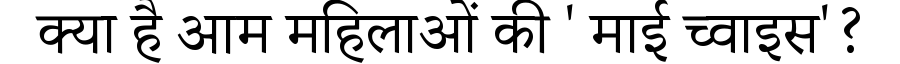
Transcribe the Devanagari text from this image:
क्या है आम महिलाओं की ' माई च्वाइस'?